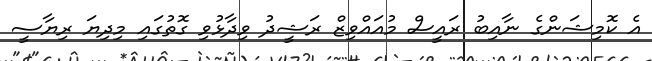
އެ ކޮމިޝަންގެ ނާއިބު ރައީސް މުއައްވިޒް ރަޝީދު ވިދާޅުވި ގޮތުގައި މިދިޔަ ރިޔާސީ